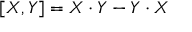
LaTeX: [ X , Y ] = X \cdot Y - Y \cdot X